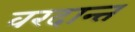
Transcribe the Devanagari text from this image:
वरदान्त